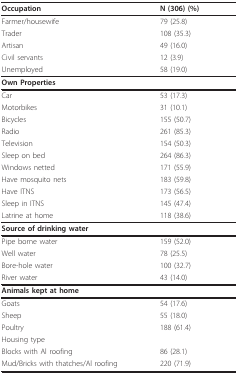
| Occupation | N (306) (%) |
 | --- | --- |
 | Farmer/housewife | 79 (25.8) |
 | Trader | 108 (35.3) |
 | Artisan | 49 (16.0) |
 | Civil servants | 12 (3.9) |
 | Unemployed | 58 (19.0) |
 | Own Properties |  |
 | Car | 53 (17.3) |
 | Motorbikes | 31 (10.1) |
 | Bicycles | 155 (50.7) |
 | Radio | 261 (85.3) |
 | Television | 154 (50.3) |
 | Sleep on bed | 264 (86.3) |
 | Windows netted | 171 (55.9) |
 | Have mosquito nets | 183 (59.8) |
 | Have ITNS | 173 (56.5) |
 | Sleep in ITNS | 145 (47.4) |
 | Latrine at home | 118 (38.6) |
 | Source of drinking water |  |
 | Pipe borne water | 159 (52.0) |
 | Well water | 78 (25.5) |
 | Bore-hole water | 100 (32.7) |
 | River water | 43 (14.0) |
 | Animals kept at home |  |
 | Goats | 54 (17.6) |
 | Sheep | 55 (18.0) |
 | Poultry | 188 (61.4) |
 | Housing type |  |
 | Blocks with Al roofing | 86 (28.1) |
 | Mud/Bricks with thatches/Al roofing | 220 (71.9) |